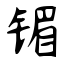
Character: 镅